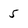
Character: 5